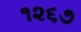
૧૨૬૭